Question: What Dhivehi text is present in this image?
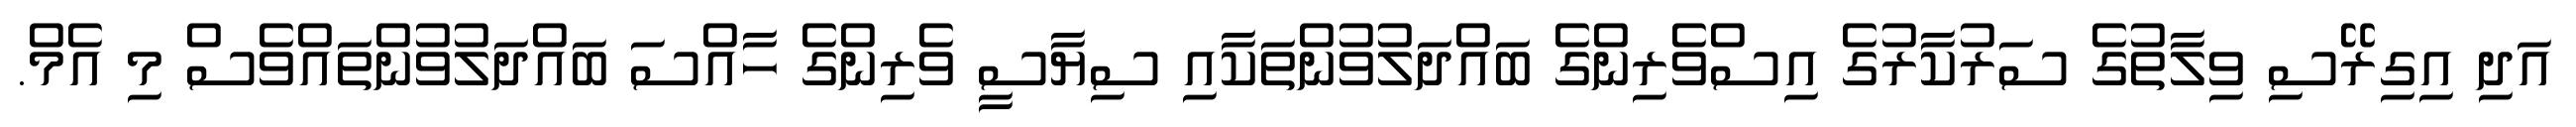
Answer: އަދި އިގިރޭސި ވިލާތުގެ ސަރުކާރުގެ އިސްވެރިންގެ ބައްދަލުވުންތަކާއި ސިޔާސީ ވެރިންގެ ހާއްސަ ބައްދަލުވުންތައްވެސް މި އެމް.